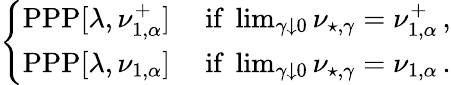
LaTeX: \left\{ \begin{array}{ll}{\mathrm{PPP}[\lambda,\nu_{1,\alpha}^{+}]}&{\mathrm{~if~}\operatorname*{lim}_{\gamma\downarrow 0}\nu_{\star,\gamma}=\nu_{1,\alpha}^{+}\, ,}\\ {\mathrm{PPP}[\lambda,\nu_{1,\alpha}]}&{\mathrm{~if~}\operatorname*{lim}_{\gamma\downarrow 0}\nu_{\star,\gamma}=\nu_{1,\alpha}\, .}\end{array}\right.